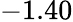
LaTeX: -1.40